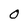
Character: O